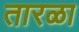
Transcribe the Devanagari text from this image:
तारळा